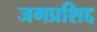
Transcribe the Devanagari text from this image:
जगप्रशिद्द